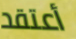
أعتقد